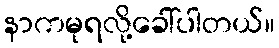
နာကမုရလို့ခေါ်ပါတယ်။